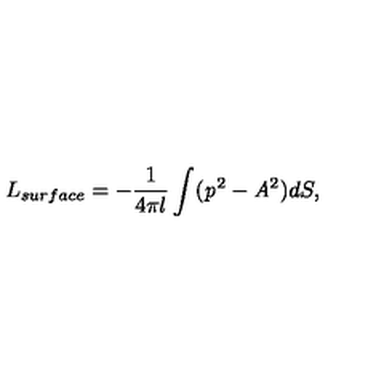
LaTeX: L _ { s u r f a c e } = - \frac { 1 } { 4 \pi l } \int ( { \it p } ^ { 2 } - { \it A } ^ { 2 } ) d S ,